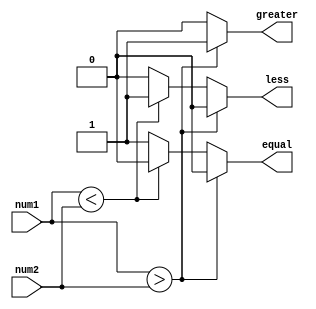
module magnitude_comparator (
    input wire signed [31:0] num1, num2,
    output reg greater, less, equal
);

// Comparing signed inputs
always @(*) begin
    if (num1 > num2)
        begin
            greater = 1;
            less = 0;
            equal = 0;
        end
    else if (num1 < num2)
        begin
            greater = 0;
            less = 1;
            equal = 0;
        end
    else
        begin
            greater = 0;
            less = 0;
            equal = 1;
        end
end

endmodule